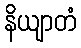
နိယျာတံ